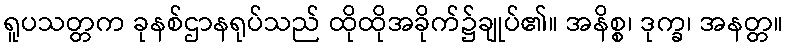
ရူပသတ္တက ခုနစ်ဌာနရုပ်သည် ထိုထိုအခိုက်၌ချုပ်၏။ အနိစ္စ၊ ဒုက္ခ၊ အနတ္တ။